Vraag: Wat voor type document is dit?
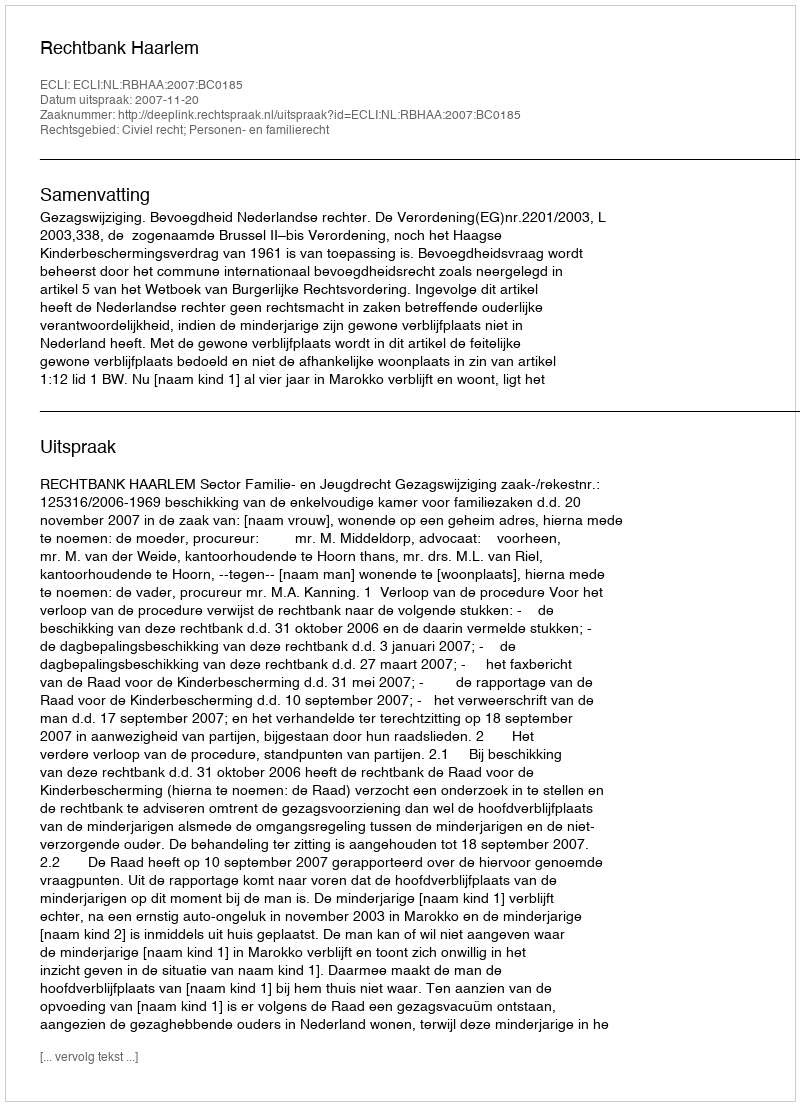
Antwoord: Uitspraak